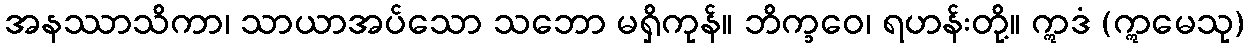
အနဿာသိကာ၊ သာယာအပ်သော သဘော မရှိကုန်။ ဘိက္ခဝေ၊ ရဟန်းတို့။ ဣဒံ (ဣမေသု)